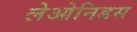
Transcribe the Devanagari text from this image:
लेओनिडस